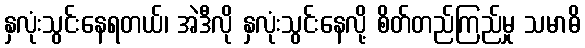
နှလုံးသွင်းနေရတယ်၊ အဲဒီလို နှလုံးသွင်းနေလို့ စိတ်တည်ကြည်မှု သမာဓိ